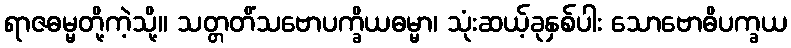
ရာဇဓမ္မတို့ကဲ့သို့။ သတ္တတိံသဗောပက္ခိယဓမ္မာ၊ သုံးဆယ့်ခုနှစ်ပါး သောဗောဓိပက္ခယ